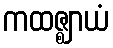
ကထဇ္ဈာယံ